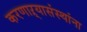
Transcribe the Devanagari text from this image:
करणाऱ्यासंस्थांना